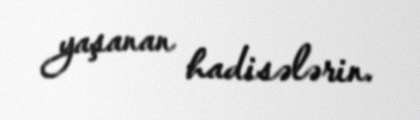
yaşanan hadisələrin.